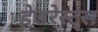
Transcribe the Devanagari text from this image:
हेडरेस्ट्स